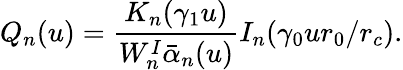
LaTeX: Q_{n}(u)=\frac{K_{n}(\gamma_{1}u)}{W_{n}^{I}\bar{\alpha}_{n}(u)}I_{n}(\gamma_{0}ur_{0}/r_{c}).